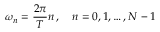
\omega _ { n } = \frac { 2 \pi } { T } n \, , \quad n = 0 , 1 , \dots , N - 1